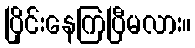
ပြိုင်းနေကြပြီမလား။